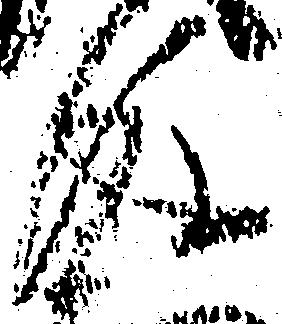
後